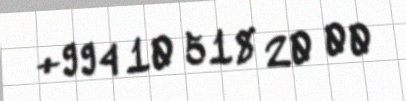
+994 10 518 20 00